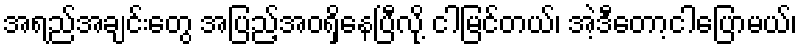
အရည်အချင်းတွေ အပြည့်အဝရှိနေပြီလို့ ငါမြင်တယ်၊ အဲ့ဒီတော့ငါပြောမယ်၊